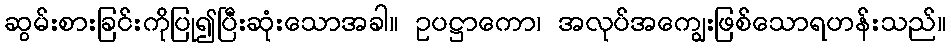
ဆွမ်းစားခြင်းကိုပြု၍ပြီးဆုံးသောအခါ။ ဥပဋ္ဌာကော၊ အလုပ်အကျွေးဖြစ်သောရဟန်းသည်။